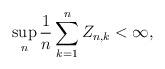
LaTeX: \begin{align*}\sup_n\frac{1}{n}\sum_{k=1}^nZ_{n,k} < \infty,\end{align*}